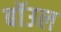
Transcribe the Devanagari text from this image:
बॉउल